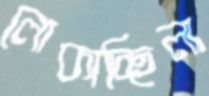
লোকাচ্ছিলা